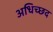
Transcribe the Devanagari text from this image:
अधिच्छद